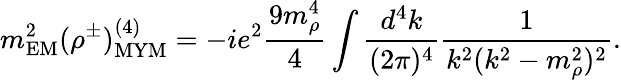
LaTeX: m_{\mathrm{EM}}^{2}(\rho^{\pm})_{\mathrm{MYM}}^{(4)}=-ie^{2}\frac{9m_{\rho}^{4}}{4}\int\frac{d^{4}k}{(2\pi)^{4}}\frac{1}{k^{2}(k^{2}-m_{\rho}^{2})^{2}}.